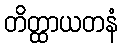
တိတ္ထာယတနံ